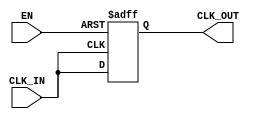
module BasicClockBuffer (
    input wire CLK_IN,        // Incoming clock signal
    input wire EN,           // Enable signal for the buffer
    output reg CLK_OUT       // Buffered clock output
);

// Define a parameter for the propagation delay - this can be adjusted as necessary
parameter PROPAGATION_DELAY = 1; // Delay in simulation units (e.g., nanoseconds)

// Internal signal to hold the buffered clock state
reg buffered_clk;

// Always block for buffering mechanism with enable control
always @(posedge CLK_IN or negedge EN) begin
    if (!EN) begin
        buffered_clk <= 0; // When disabled, set output to low
    end else begin
        // Introduce a minimal propagation delay (in synthesis, this will be treated as logic)
        #(PROPAGATION_DELAY) buffered_clk <= CLK_IN;
    end
end

// Continuous assignment to drive the output clock signal
always @(buffered_clk) begin
    CLK_OUT <= buffered_clk; // Drive the output with the buffered signal
end

endmodule